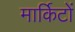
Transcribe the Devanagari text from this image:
मार्किटों